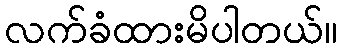
လက်ခံထားမိပါတယ်။